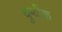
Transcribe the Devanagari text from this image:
थुग्यीक